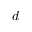
d